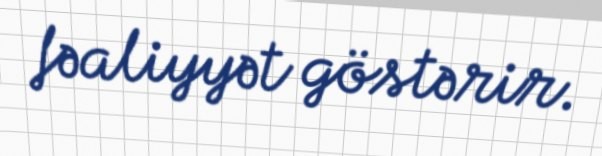
fəaliyyət göstərir.